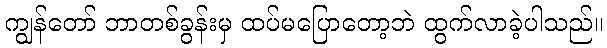
ကျွန်တော် ဘာတစ်ခွန်းမှ ထပ်မပြောတော့ဘဲ ထွက်လာခဲ့ပါသည်။